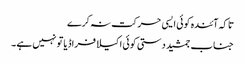
تاکہ آئندہ کوئی ایسی حرکت نہ کرے
جناب جمشید دستی کوئی اکیلا فراڈیا تو نہیں ہے ۔